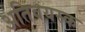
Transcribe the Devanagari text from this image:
अतिवयस्क